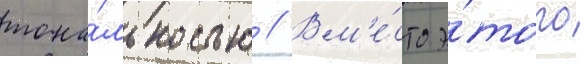
тона́льностью // Вм'е́сто э́того